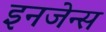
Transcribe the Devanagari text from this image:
इनजेन्स